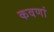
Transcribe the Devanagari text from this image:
कवणां